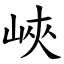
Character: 峽